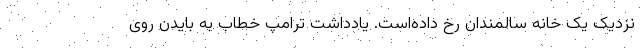
نزدیک یک خانه سالمندان رخ داده‌است. یادداشت ترامپ خطاب به بایدن روی